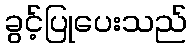
ခွင့်ပြုပေးသည်